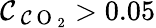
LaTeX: \mathcal{C}_{\mathrm{{~\mathcal{C}~O~}}_{2}}>0.05